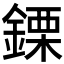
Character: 𨫊